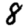
Digit: 8